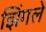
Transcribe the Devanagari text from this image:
झिंगले